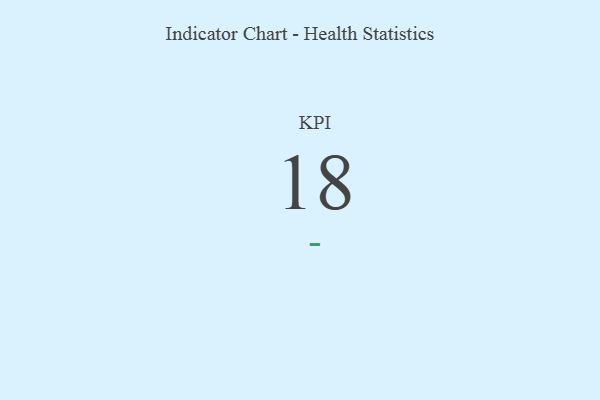
{"axis": {"x": "KPI", "y": "Value"}, "legend": [""], "data": [{"x": "KPI", "y": 18, "type": ""}]}